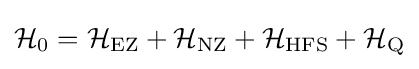
{\mathcal {H}}_{\mathrm {0} }={\mathcal {H}}_{\mathrm {EZ} }+{\mathcal {H}}_{\mathrm {NZ} }+{\mathcal {H}}_{\mathrm {HFS} }+{\mathcal {H}}_{\mathrm {Q} }